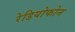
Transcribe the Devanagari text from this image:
रेडियोफोन